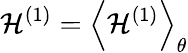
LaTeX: \mathcal{H}^{(1)}=\left<{\mathcal{H}^{(1)}}\right>_{\theta}